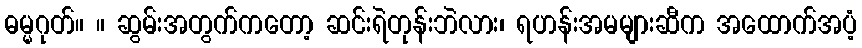
ဓမ္မဂုတ်။ ။ ဆွမ်းအတွက်ကတော့ ဆင်းရဲတုန်းဘဲလား၊ ရဟန်းအမများဆီက အထောက်အပံ့